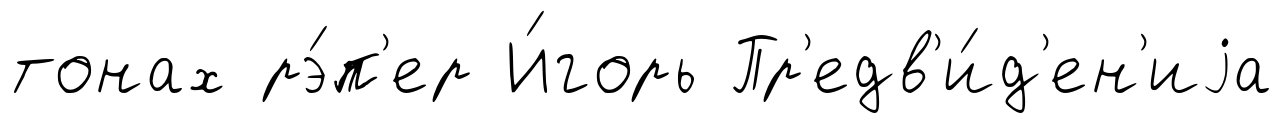
тонах рэ́п'ер И́горь Пр'едв'и́д'ен'иjа